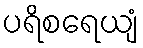
ပရိစရေယျံ